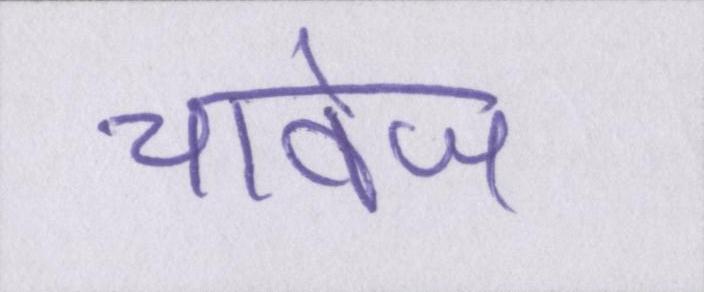
चावेज